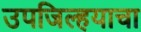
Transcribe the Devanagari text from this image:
उपजिल्हयाचा